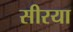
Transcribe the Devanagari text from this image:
सीरया